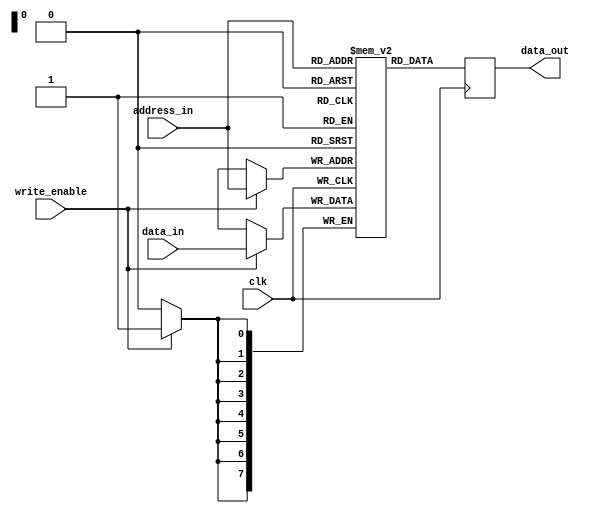
module flash_memory_block (
        input wire clk,
        input wire [7:0] data_in,
        input wire write_enable,
        input wire [7:0] address_in,
        output reg [7:0] data_out
);

reg [7:0] memory [0:255]; // 256 memory cells, each storing 8 bits of data

integer address;

always @(posedge clk) begin
        address = address_in;
        
        if(write_enable) begin
                memory[address] <= data_in;
        end
        
        data_out <= memory[address];
end

endmodule